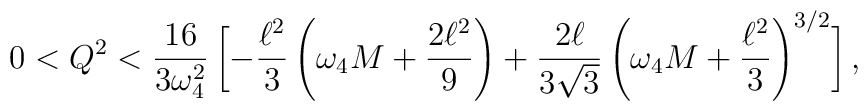
0<Q^2<\frac{16}{3 \omega_4^2}\,\biggl[-\frac{\ell^2}{3}\left(\omega_4 M+ \frac{2\ell^2}{9}\right)+\frac{2\ell}{3\sqrt{3}}\left(\omega_4 M+ \frac{\ell^2}{3}\right)^{3/2}\biggr]\,,